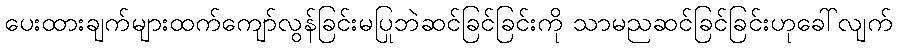
ပေးထားချက်များထက်ကျော်လွန်ခြင်းမပြုဘဲဆင်ခြင်ခြင်းကို သာမညဆင်ခြင်ခြင်းဟုခေါ်လျက်